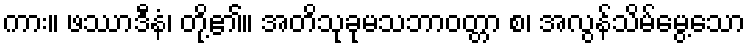
ကား။ ဖဿာဒီနံ၊ တို့၏။ အတိသုခုမသဘာဝတ္တာ စ၊ အလွန်သိမ်မွေ့သော